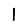
Digit: 1